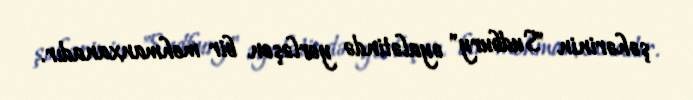
şəhərinin "Sudbury" əyalətində yerləşən bir mehmanxanadır.